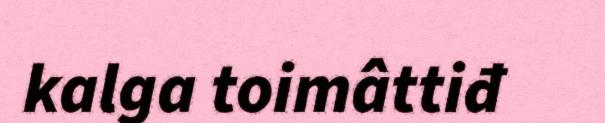
kalga toimâttiđ